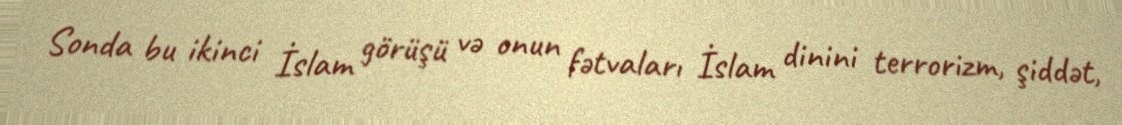
Sonda bu ikinci İslam görüşü və onun fətvaları İslam dinini terrorizm, şiddət,